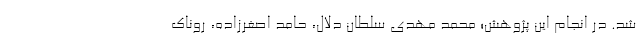
شد. در انجام این پژوهش؛ محمد مهدی سلطان دلال، حامد اصغرزاده، روناک